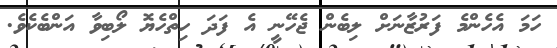
ހަމަ އެހެންމެ ފަރުޒާނަށް ލިބެން ޖެހޭނީ އެ ފަދަ ހިތްހެޔޮ ލޯބިވާ އަންބެކެވެ.